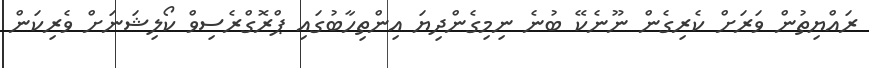
ރައްޔިތުން ވަރަށް ކެރިގެން ނޫނެކޭ ބުނެ ނިމިގެންދިޔަ އިންތިހާބުގައި ޕްރޮގްރެސިވް ކޯލިޝަނަށް ވެރިކަން